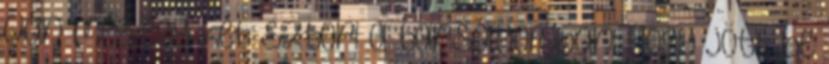
Van még egy-két sztori a tarsolyomban. Hogy jött be